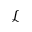
\mathcal { L }